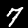
Digit: 7